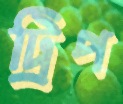
ট্রিপ